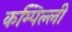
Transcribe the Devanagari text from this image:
कम्पिल्ली